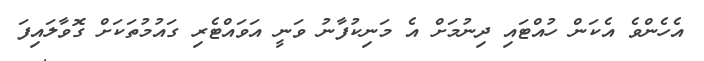
އެހެންވެ އެކަން ހުއްޓައި ދިނުމަށް އެ މަނިކުފާނު ވަނީ އަވައްޓެރި ގައުމުތަކަށް ގޮވާލައިފަ